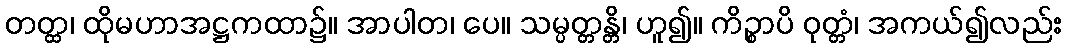
တတ္ထ၊ ထိုမဟာအဋ္ဌကထာ၌။ အာပါတ၊ ပေ။ သမ္ပတ္တန္တိ၊ ဟူ၍။ ကိဉ္စာပိ ဝုတ္တံ၊ အကယ်၍လည်း